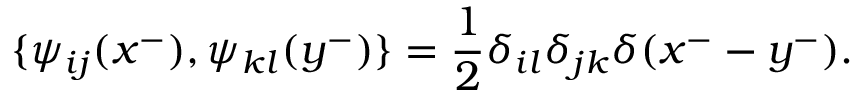
\{ \psi _ { i j } ( x ^ { - } ) , \psi _ { k l } ( y ^ { - } ) \} = \frac { 1 } { 2 } \delta _ { i l } \delta _ { j k } \delta ( x ^ { - } - y ^ { - } ) .